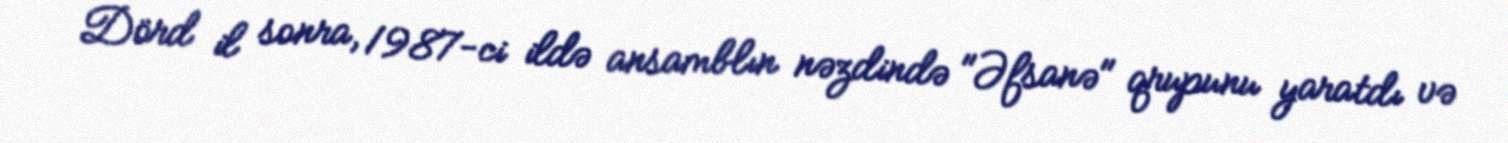
Dörd il sonra, 1987-ci ildə ansamblın nəzdində "Əfsanə" qrupunu yaratdı və